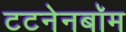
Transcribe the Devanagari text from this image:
टटनेनबॉम